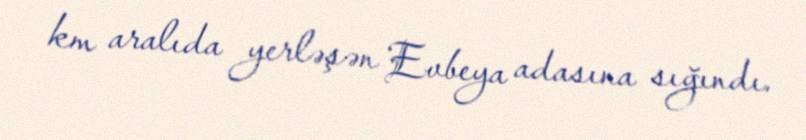
km aralıda yerləşən Evbeya adasına sığındı.